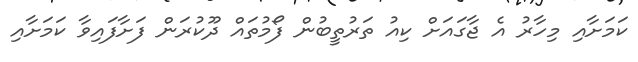
ކަމަށާއި މިހާރު އެ ޖާގައަށް ކިއު ތަރުތީބުން ފޯމުތައް ދޫކުރަން ފަށާފައިވާ ކަމަށާއި